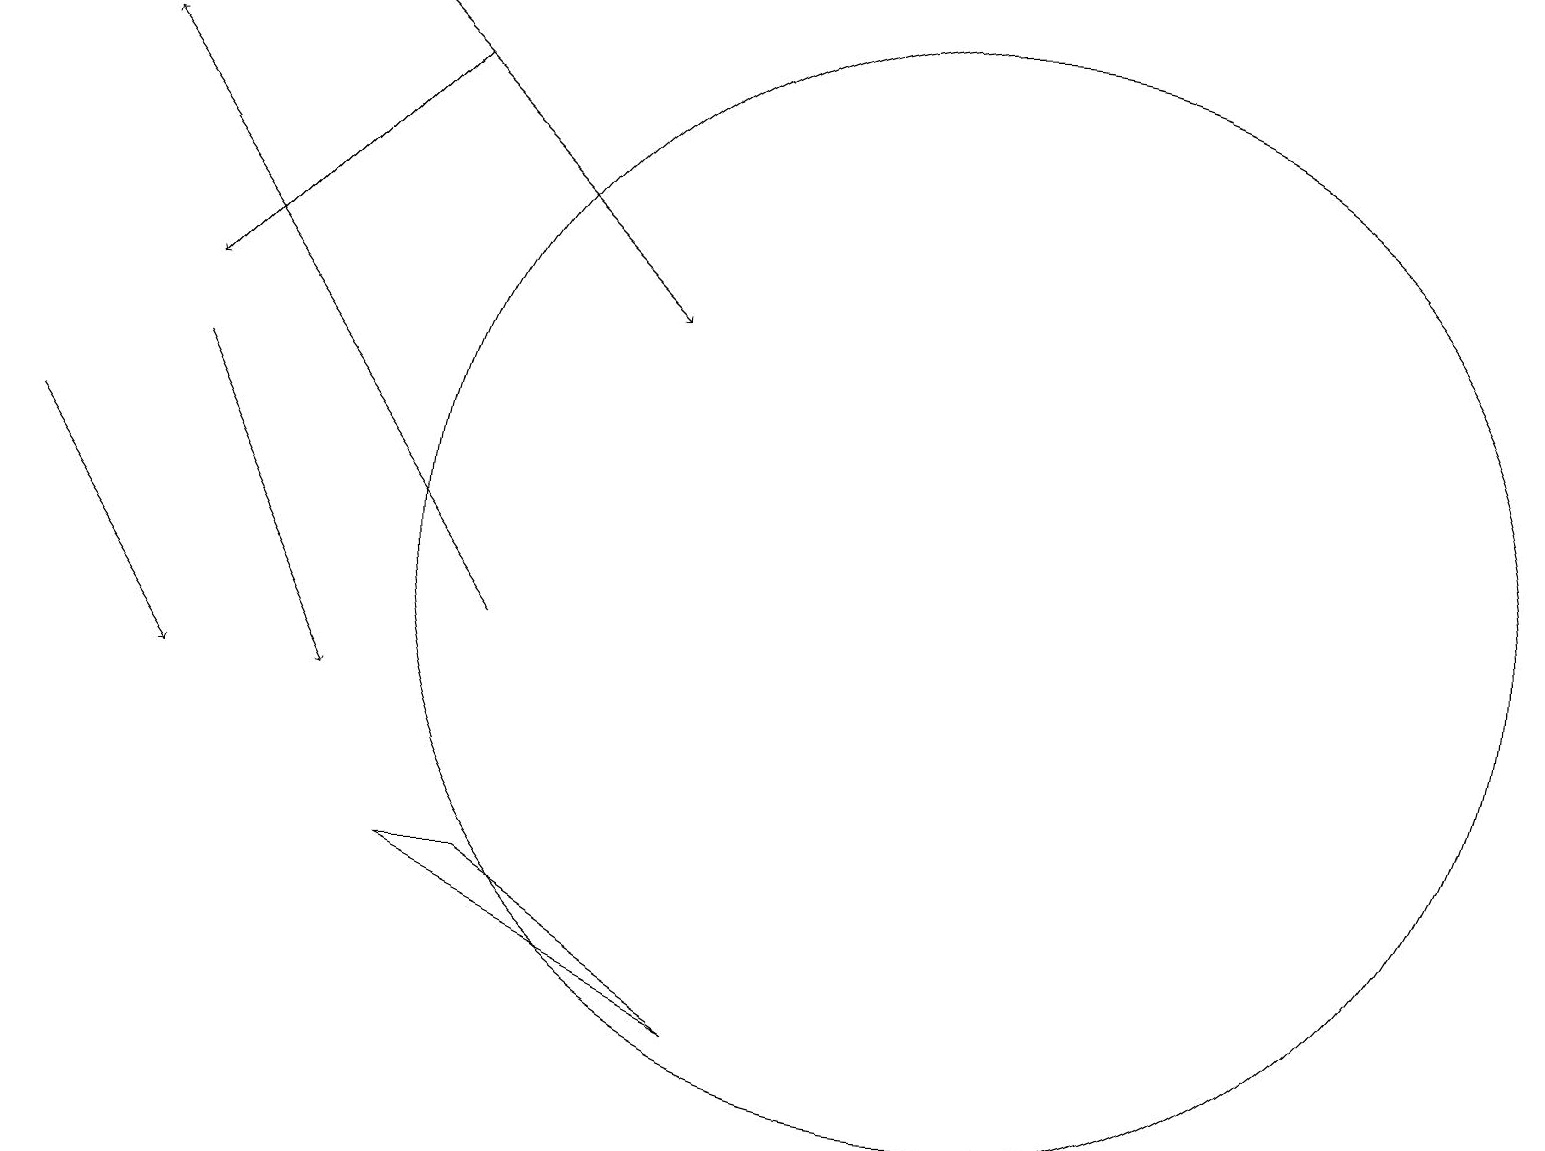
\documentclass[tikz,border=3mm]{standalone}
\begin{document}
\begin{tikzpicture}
\draw[->] (6,11) -- (1,18);
\draw[->] (2,14) -- (4,10);
\draw[->] (4,19) -- (8,15);
\draw[->] (0,13) -- (2,10);
\draw (6,8) -- (5,8) -- (9,6) -- cycle;
\draw[->] (5,18) -- (2,15);
\draw (12,12) circle (7);
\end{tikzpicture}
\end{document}